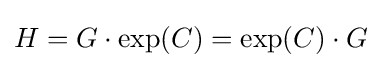
H=G\cdot \exp(C)=\exp(C)\cdot G